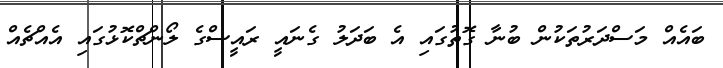
ބައެއް މަސްދަރުތަކުން ބުނާ ގޮތުގައި އެ ބަދަލު ގެނައީ ރައީސްގެ ލޯންޗްކޮޅުގައި އެއްޗެއް